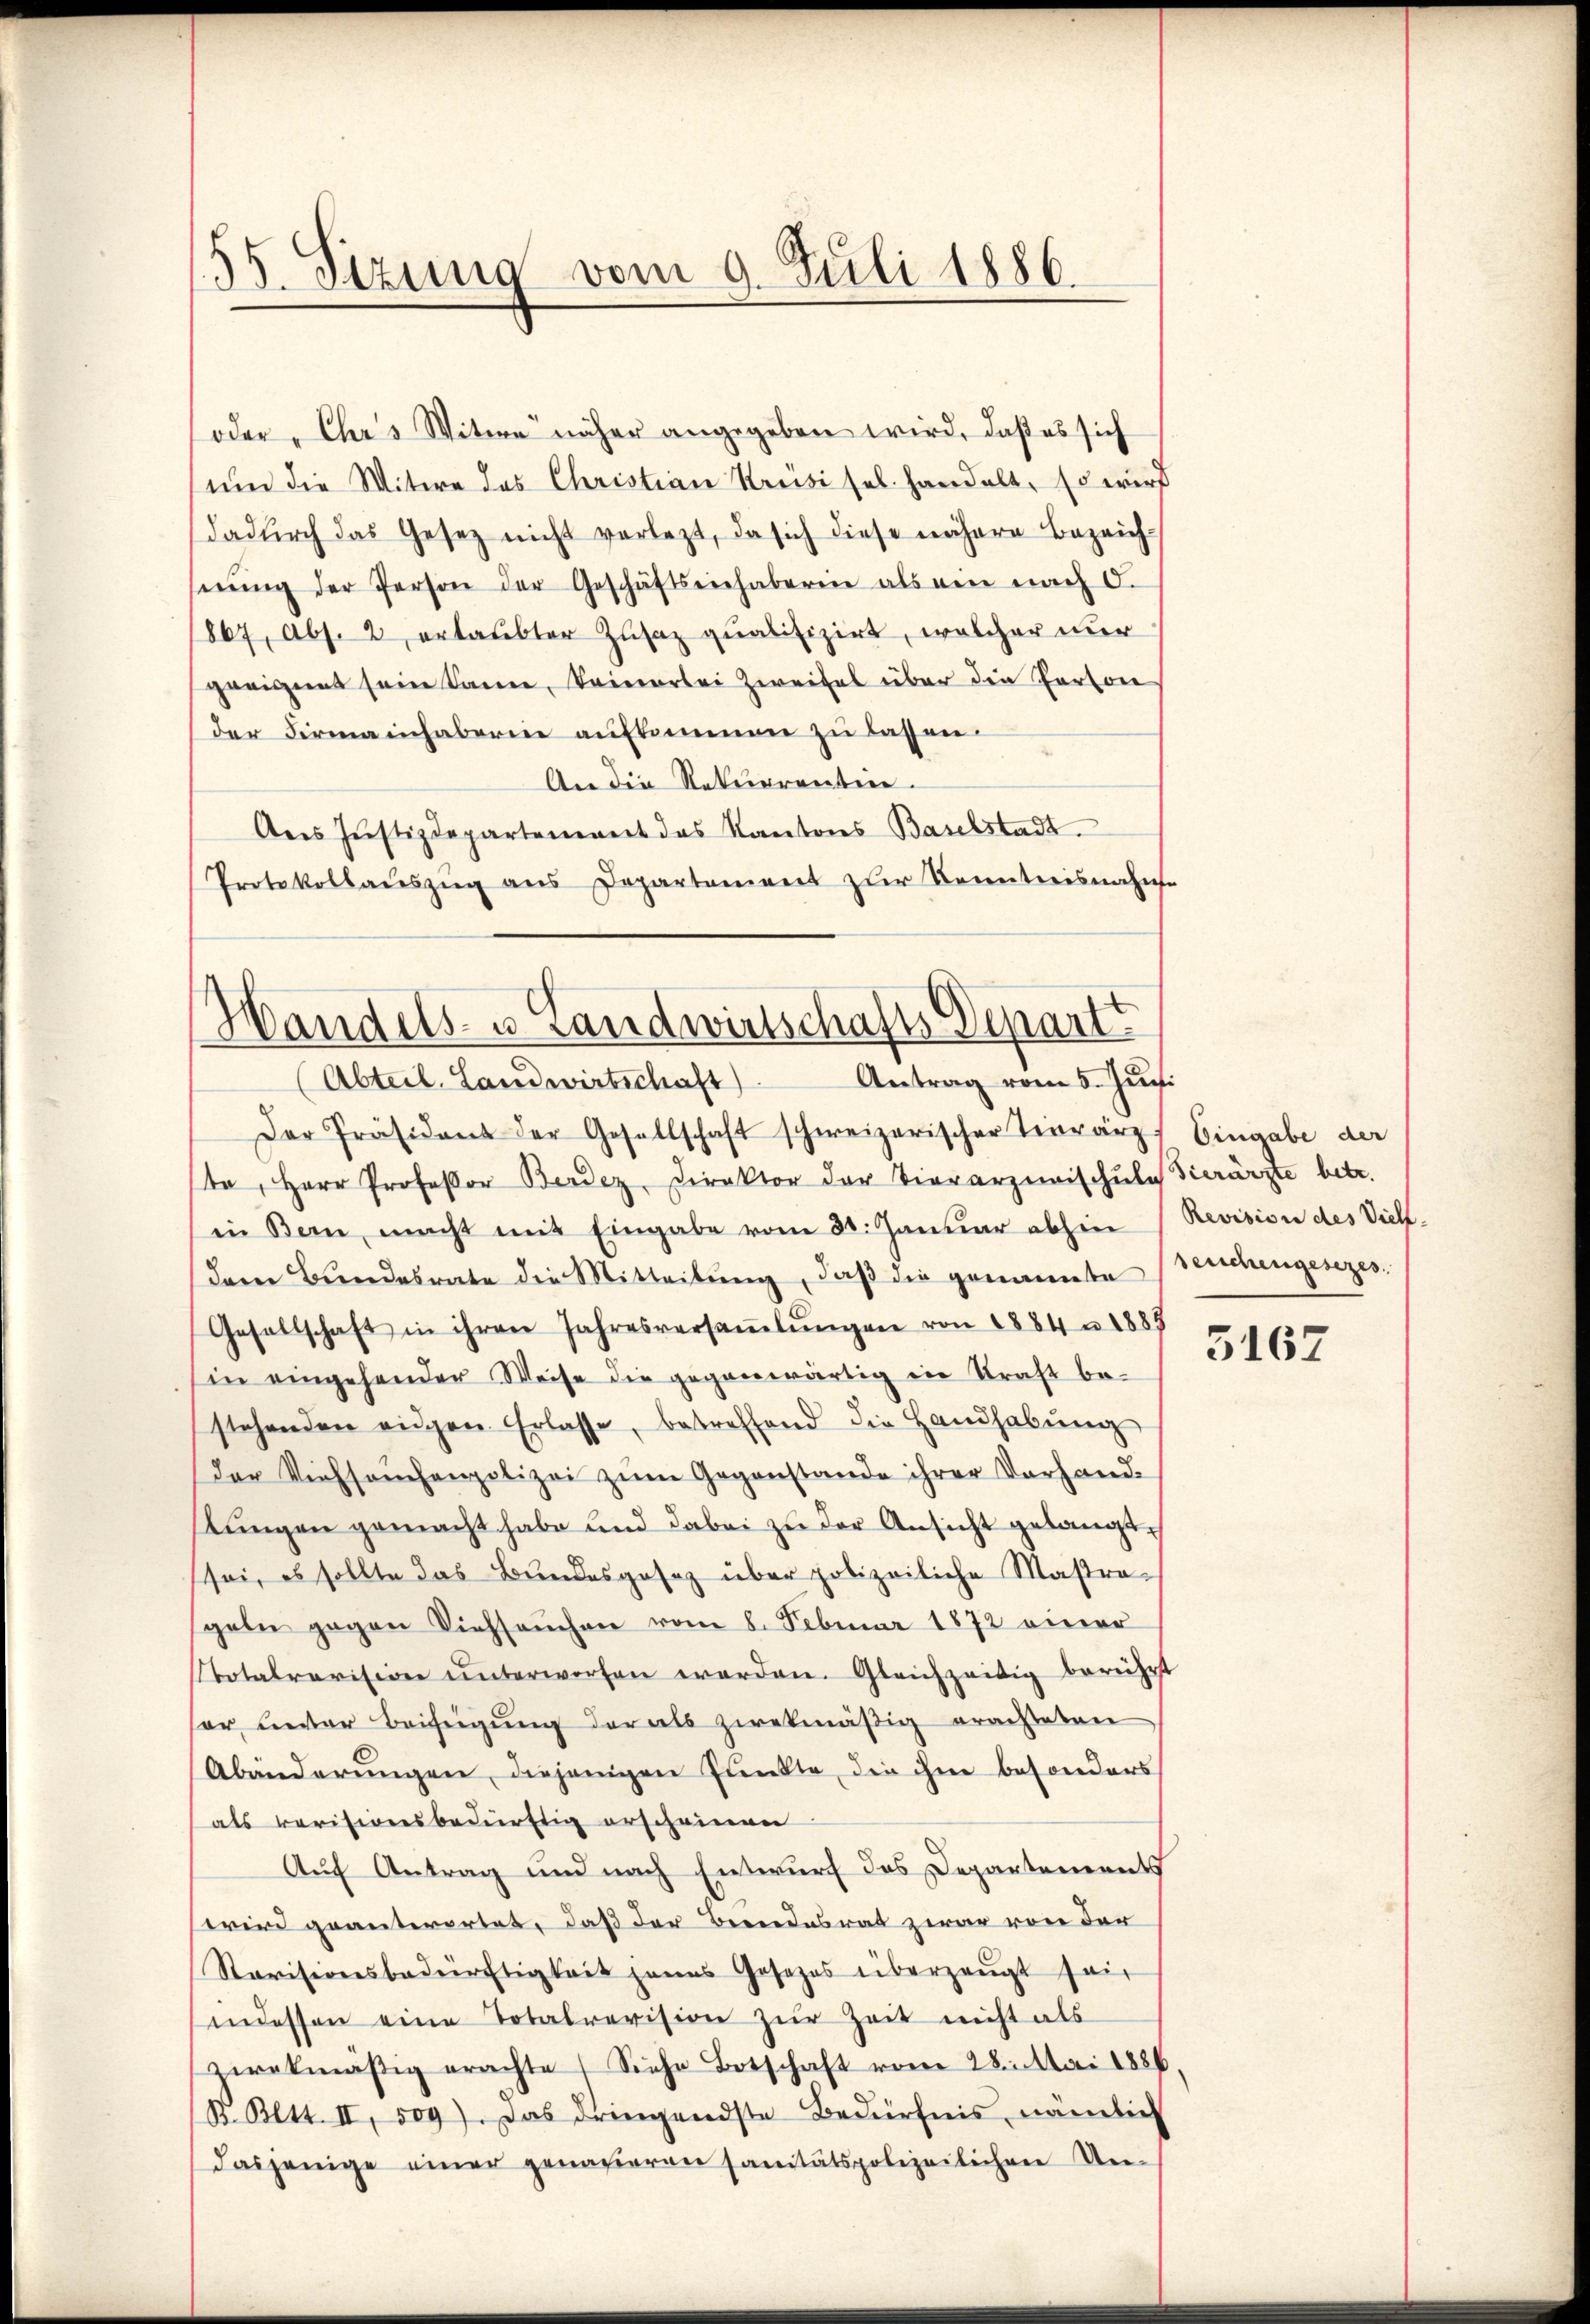
55. Sezung vom 9. Juli 1886.

soder "Chr's Witwe näher angegeben wird, daß es sich
um die Witwe des Christian Kreisi sel. handelt, so wird
dadurch das Gesetz nicht verletzt, da sich diese nähere Bezeich-
eŭng der Person der Geschäftseinhaberin als ein nach O.
1867, Abs. 2, erlaubter Zusaz qualifizirt, welcher nur
geeignet sein Same, keinerlei Zweifel über die Person
der Firmainhaberin aufkommen zu lassen.
An die Rekurrenten.
Ans Justizdepartement das Kantons Baselstadt
Protokollaŭszŭg ans Departement zur Kenntnisnahme

Handels- u. Landwirtschafts Depart
Antrag vom 5. Juni
Abteil. Landwirtschaft)

Der Präsident der Gesellschaft schweizerischer Tierärz) Eingabe der
ta, Herr Professor Berdez, Direktor der Tierarziwischule Vierärzte betr.
(in Bern, macht mit Eingabe vom 30. Januar abhin (Revision des Viehdem Bundesrate die Mitteilŭng, daß die genannte
Gesellschaft in ihren Jahresversaṁlŭngen von 1884 n 1885
in eingehender Weise die gegenwärtig in Straft be-
stehenden eigen Erlasse, betreffend die Handhabŭng
der Viehseuchenpolizei zŭm Gegenstande ihrer Vorhandstungen gemacht habe und dabei zu der Ansicht gelangt.
sei, es sollte das Bundesgesetz über polizeiliche Mastra-
geln gegen Viehseuchen vom 8. Februar 1872 einer
Stotalrevision ŭnterworfen werden. Gleichzeitig berührt
hor unter Beieigung der als zwekmäßig erachteten
Abänderungen, diejenigen Punkte, die ihm besonders
als revisionsbedürftig erscheinen
Auf Antrag und nach Entwurf das Departements
wird geanterortet, daß der Beendesrat zwar von der
Revisionsbedürftigkeit jenes Gesetzes überzeugt sein
indessen eine Totalrevision zŭr Zeit nicht als
zwekmäßig erachte Siche Botschaft vom 28. Mai 1886,
B. Bett. II, 509). Das dringendste Bedürfnis nämlich
dasjenige einer genaueren sanitätspolizeilichen Un¬

seuchengesezes.

3167